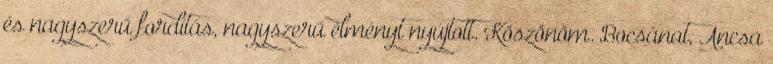
és nagyszerű fordítás, nagyszerű élményt nyújtott. Köszönöm. Bocsánat, Ancsa